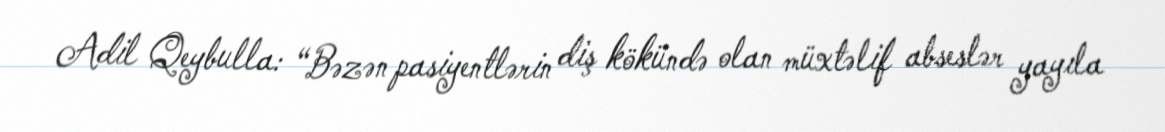
Adil Qeybulla: “Bəzən pasiyentlərin diş kökündə olan müxtəlif abseslər yayıla